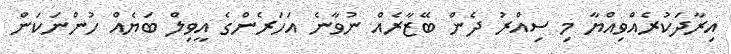
އިރާދަކުރެއްވިއްޔާ މި ސިއްރު ދެން ބޭޒާރެއް ނުވާނެ އަހަރެންގެ އީވިލް ބަޔެއް ހުންނަކަން